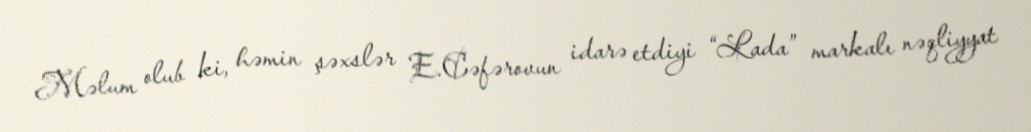
Məlum olub ki, həmin şəxslər E.Cəfərovun idarə etdiyi “Lada” markalı nəqliyyat